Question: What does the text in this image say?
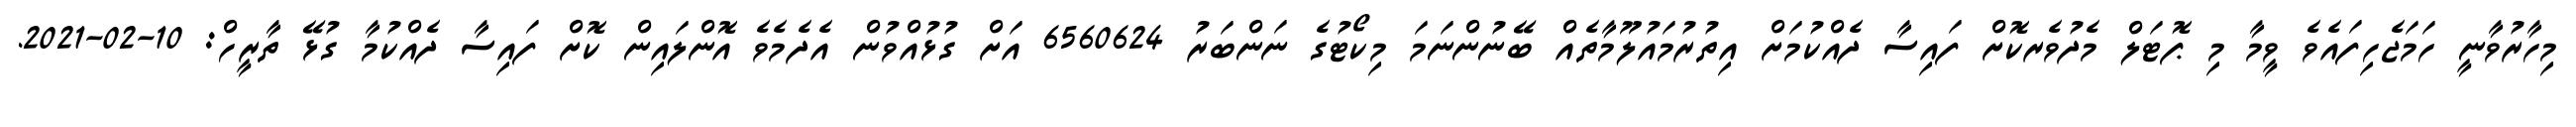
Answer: މިހާރުވާނީ ހަމަޖެހިފައެވެ ވީމާ މި ޕޮޓަލް މެދުވެރކޮށް ފައިސާ ދެއްކުމަށް އިތުރުމައުލޫމާތެއް ބޭނުންނަމަ މިކޯޓުގެ ނަންބަރު 6560624 އަށް ގުޅުއްވުން އެދެމެވެ އޮންލައިން ކޮށް ފައިސާ ދެއްކުމާ ގުޅޭ ތާރީހް: 10-02-2021.